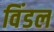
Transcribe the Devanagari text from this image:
विंडल